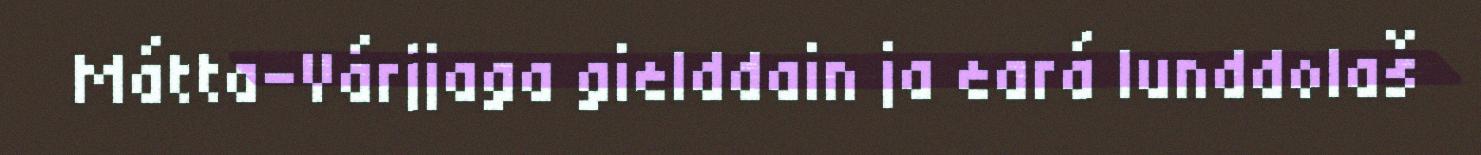
Mátta-Várjjaga gielddain ja eará lunddolaš